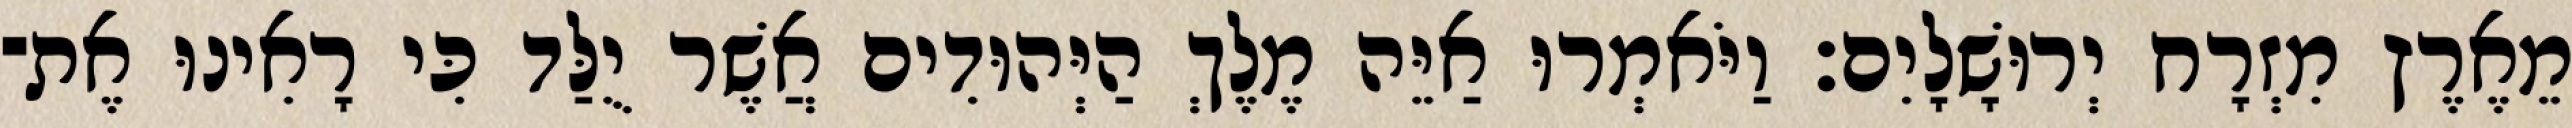
מֵאֶרֶץ מִזְרָח יְרוּשָׁלָיִם׃ וַיֹּאמְרוּ אַיֵּה מֶלֶךְ הַיְּהוּדִים אֲשֶׁר יֻלַּד כִּי רָאִינוּ אֶת־